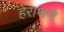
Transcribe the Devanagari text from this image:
हेराथने